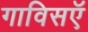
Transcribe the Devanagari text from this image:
गाविसऍ